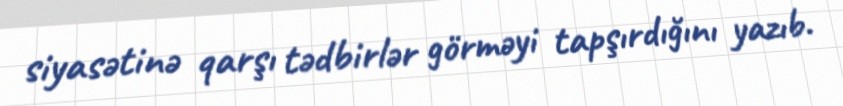
siyasətinə qarşı tədbirlər görməyi tapşırdığını yazıb.